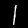
Label: 1